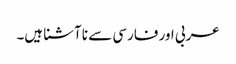
عربی اور فارسی سے نا آشنا ہیں۔